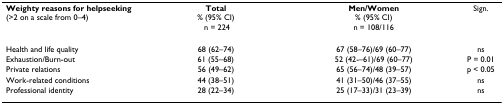
<table><thead><tr><td><b>Weighty reasons for helpseeking (&gt;2 on a scale from 0–4)</b></td><td><b>Total % (95% CI) n = 224</b></td><td><b>Men/Women % (95% CI) n = 108/116</b></td><td><b>Sign.</b></td></tr></thead><tbody><tr><td>Health and life quality</td><td>68 (62–74)</td><td>67 (58–76)/69 (60–77)</td><td>ns</td></tr><tr><td>Exhaustion/Burn-out</td><td>61 (55–68)</td><td>52 (42-–61)/69 (60–77)</td><td>P = 0.01</td></tr><tr><td>Private relations</td><td>56 (49–62)</td><td>65 (56–74)/48 (39–57)</td><td>p &lt; 0.05</td></tr><tr><td>Work-related conditions</td><td>44 (38–51)</td><td>41 (31–50)/46 (37–55)</td><td>ns</td></tr><tr><td>Professional identity</td><td>28 (22–34)</td><td>25 (17–33)/31 (23–39)</td><td>ns</td></tr></tbody></table>